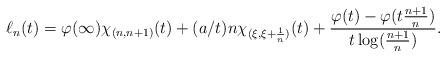
LaTeX: \begin{align*}\ell_n(t)=\varphi(\infty)\chi_{(n,n+1)}(t)+(a/t)n\chi_{(\xi,\xi+\frac1n)}(t)+\frac{\varphi(t)-\varphi(t\frac{n+1}n)}{t\log(\frac{n+1}n)}.\end{align*}